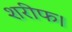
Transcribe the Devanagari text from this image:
शरीफ।